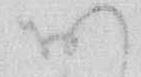
お